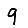
Digit: 9